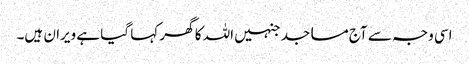
اسی وجہ سے آج مساجد جنہیں اللہ کا گھر کہا گیا ہے ویران ہیں۔